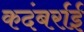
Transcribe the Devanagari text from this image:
कदंबर्राई